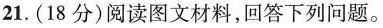
21.(18分)阅读图文材料，回答下列问题。